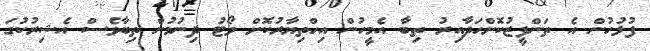
ފުލުހުން އެ ތަންފީޒުކޮށްހަދާއިރު ތިބާ އެމީހުން އިހްތިޔާރުކޮށް ވޯޓު ދިނުމުން ތިބާވެސް އެޝިރުކުގަ